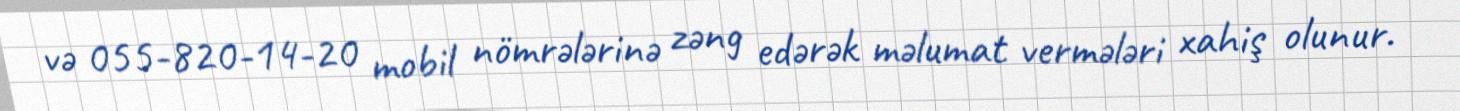
və 055-820-14-20 mobil nömrələrinə zəng edərək məlumat vermələri xahiş olunur.